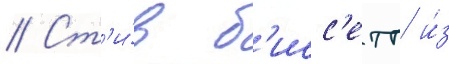
// Ст'и́в б'исс'етт и́з